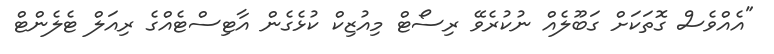
"އެއްވެސް ގޮތަކަށް ގަބޫލެއް ނުކުރެވޭ ރިސޯޓް މިއުޒިކް ކުޅެގެން އާޓިސްޓެއްގެ ރިއަލް ޓެލެންޓް